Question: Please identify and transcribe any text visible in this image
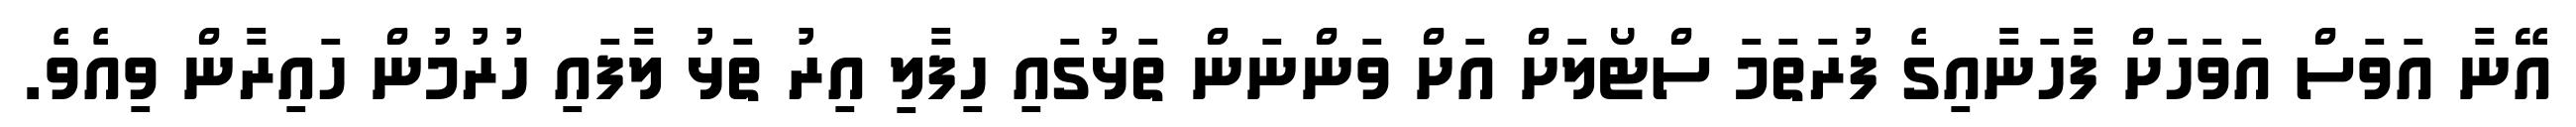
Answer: އޭނާ އަވަސް އަވަހަށް ފާހަނާއިގެ ފުރަތަމަ ސްޓޯލަށް އަށް ވަންނަން ތަޅުގައި ހިފާލި އިރު ތަޅު ލާފައި ހުރުމުން ހައިރާން ވިއެވެ.